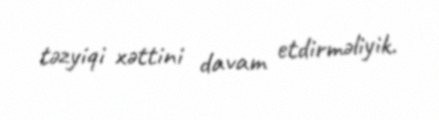
təzyiqi xəttini davam etdirməliyik.